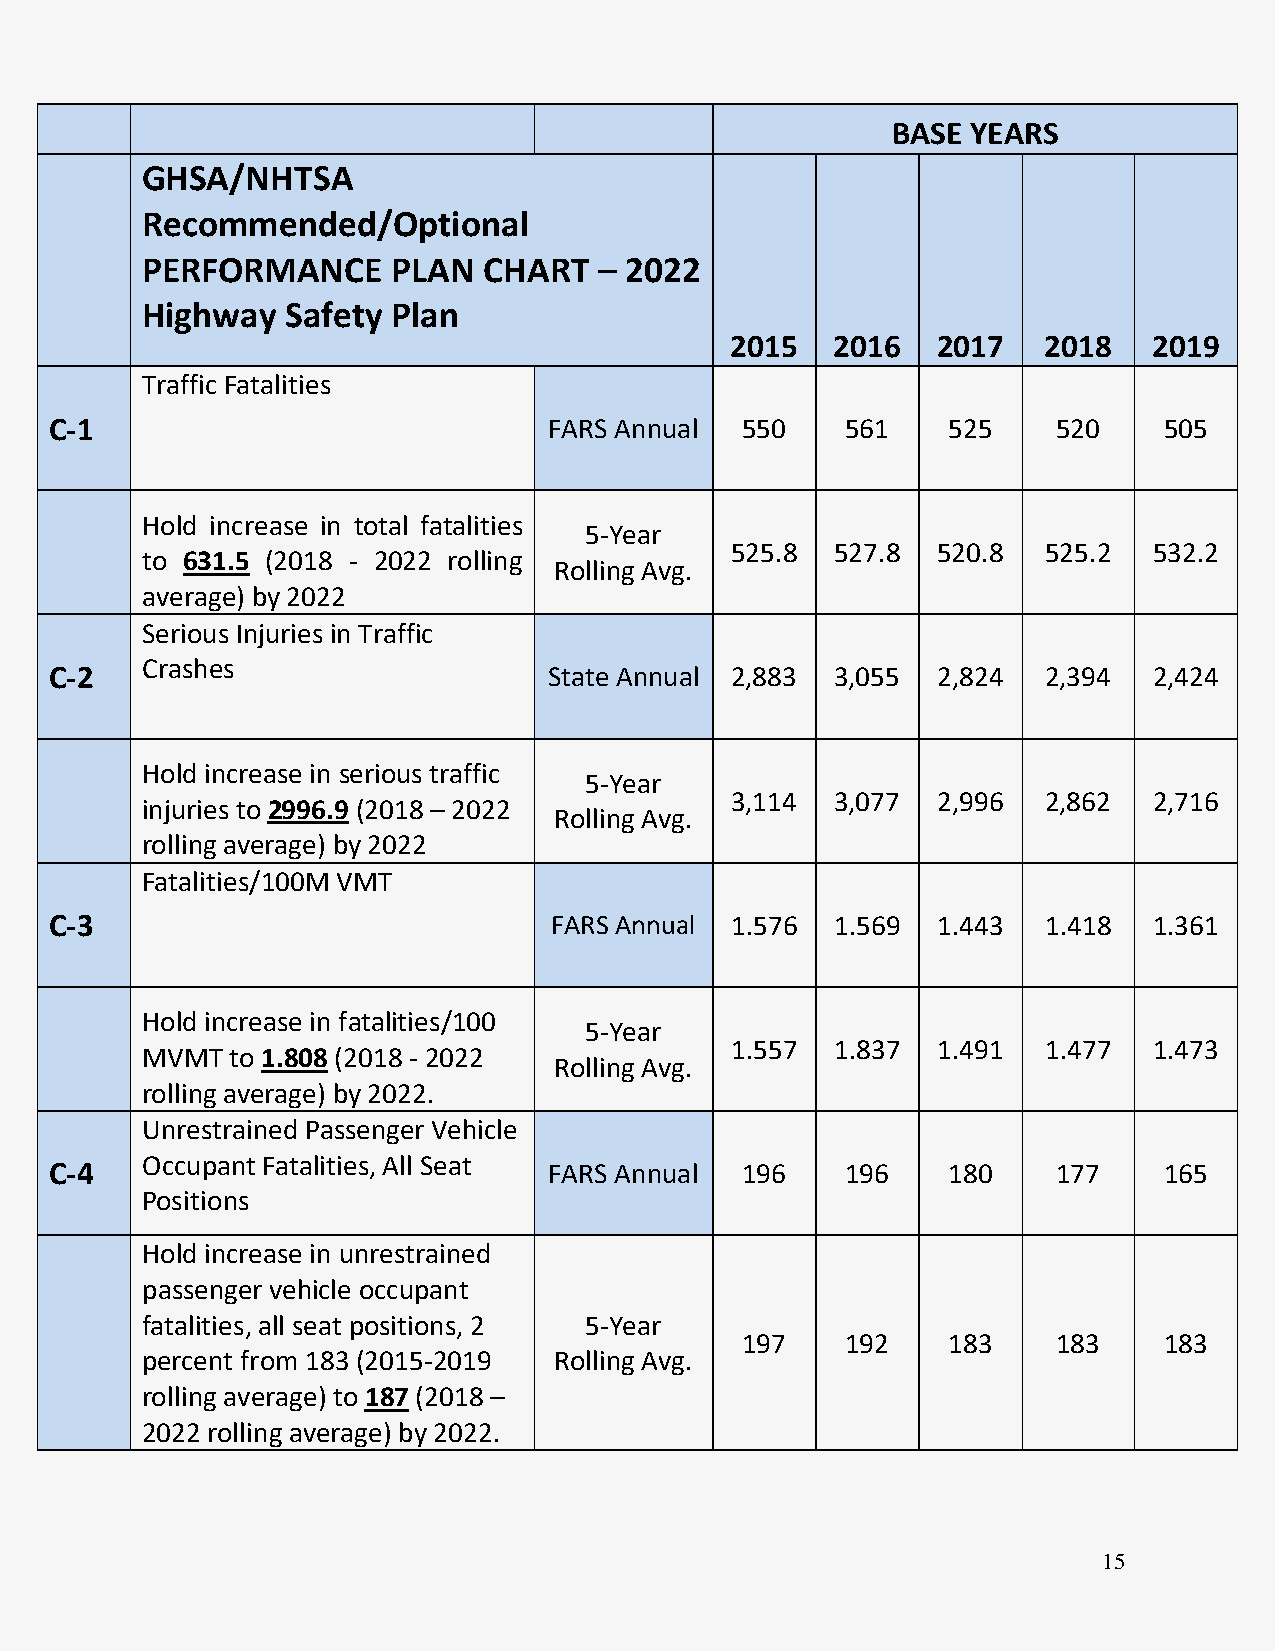
BASE YEARS
 GHSA/NHTSA
 Recommended/Optional
 PERFORMANCE      PLAN  CHART   – 2022
 Highway   Safety Plan
 2015   2016   2017   2018   2019
 Traffic Fatalities
 C-1                              FARS Annual  550    561    525    520    505
 Hold increase in total fatalities
 5-Year
 525.8  527.8  520.8  525.2  532.2
 to 631.5 (2018 - 2022 rolling
 Rolling Avg.
 average) by 2022
 Serious Injuries in Traffic
 Crashes
 C-2                              State Annual 2,883 3,055  2,824  2,394  2,424
 Hold increase in serious traffic
 5-Year
 3,114  3,077  2,996  2,862  2,716
 injuries to 2996.9 (2018 – 2022
 Rolling Avg.
 rolling average) by 2022
 Fatalities/100M VMT
 C-3                              FARS Annual 1.576  1.569  1.443  1.418  1.361
 Hold increase in fatalities/100
 5-Year
 1.557  1.837  1.491  1.477  1.473
 MVMT  to 1.808 (2018 - 2022
 Rolling Avg.
 rolling average) by 2022.
 Unrestrained Passenger Vehicle
 Occupant Fatalities, All Seat
 C-4                              FARS Annual  196    196    180    177    165
 Positions
 Hold increase in unrestrained
 passenger vehicle occupant
 fatalities, all seat positions, 2 5-Year
 197    192    183    183    183
 percent from 183 (2015-2019 Rolling Avg.
 rolling average) to 187 (2018 –
 2022 rolling average) by 2022.
 15